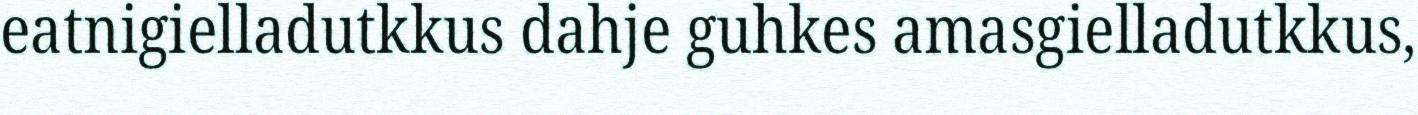
eatnigielladutkkus dahje guhkes amasgielladutkkus,